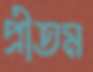
প্রীতম